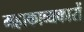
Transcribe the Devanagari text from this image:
महाकाव्यकारों